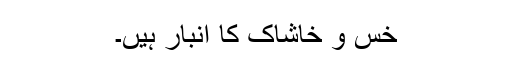
خس و خاشاک کا انبار ہیں۔